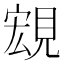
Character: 𧡃